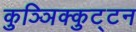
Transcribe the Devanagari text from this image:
कुञ्ञिक्कुट्टन